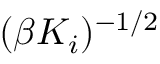
( \beta K _ { i } ) ^ { - 1 / 2 }